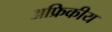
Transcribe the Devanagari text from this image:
अफ्रिकीय